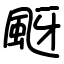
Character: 颬